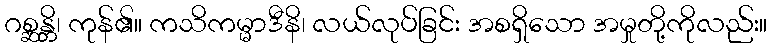
ဂစ္ဆန္တိ၊ ကုန်၏။ ကသိကမ္မာဒီနိ၊ လယ်လုပ်ခြင်း အစရှိသော အမှုတို့ကိုလည်း။